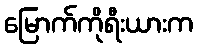
မြောက်ကိုရီးယားက